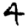
Digit: 4